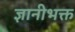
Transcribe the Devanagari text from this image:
ज्ञानीभक्त